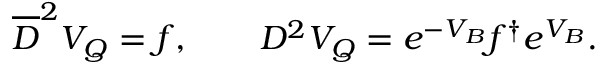
\overline { { D } } ^ { 2 } V _ { Q } = f , \qquad { \cal D } ^ { 2 } V _ { Q } = e ^ { - V _ { B } } f ^ { \dagger } e ^ { V _ { B } } .